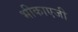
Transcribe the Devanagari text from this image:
भीकाएजी